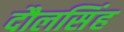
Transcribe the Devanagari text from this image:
दौलसिंह